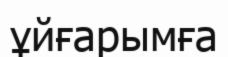
ұйғарымға